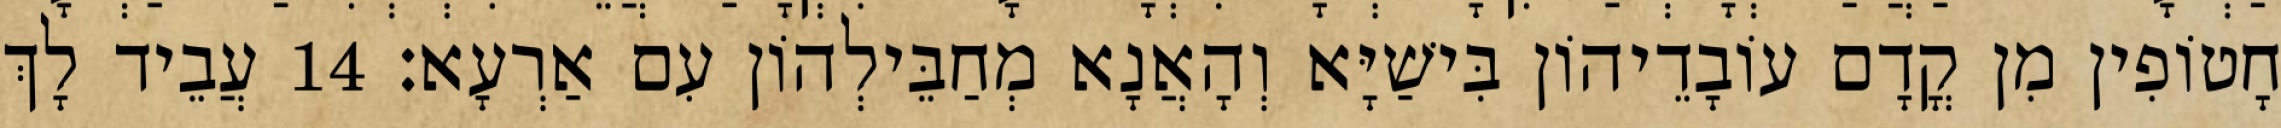
חָטוֹפִין מִן קֳדָם עוֹבָדֵיהוֹן בִּישַׁיָּא וְהָאֲנָא מְחַבֵּילְהוֹן עִם אַרְעָא׃ 14 עֲבֵיד לָךְ